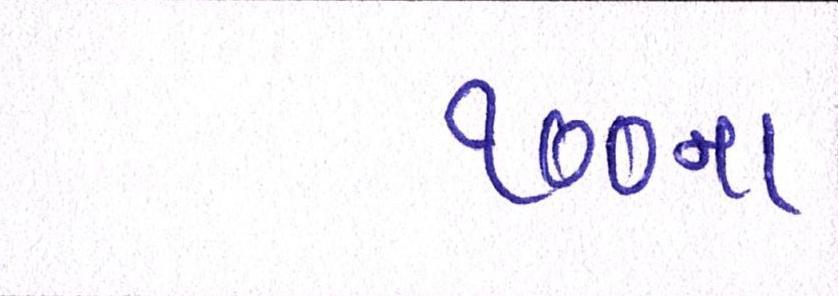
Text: ૧૦૦ના